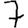
Digit: 7